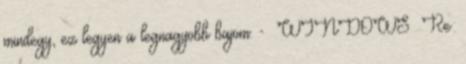
mindegy, ez legyen a legnagyobb bajom. - WINDOWS Re: